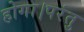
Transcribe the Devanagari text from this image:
होगा।परंतु